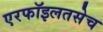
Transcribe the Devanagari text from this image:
एरफॉइलतसेच